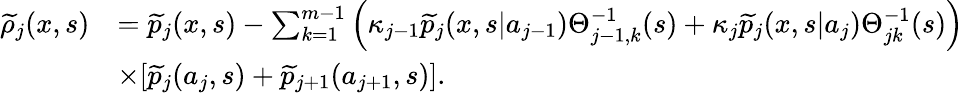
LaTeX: \begin{array}{rl}{\widetilde{\rho}_{j}(x,s)}&{=\widetilde{p}_{j}(x,s)-\sum_{k=1}^{m-1}\left(\kappa_{j-1}\widetilde{p}_{j}(x,s|a_{j-1})\Theta_{j-1,k}^{-1}(s)+\kappa_{j}\widetilde{p}_{j}(x,s|a_{j})\Theta_{jk}^{-1}(s)\right)}\\ &{\times[\widetilde{p}_{j}(a_{j},s)+\widetilde{p}_{j+1}(a_{j+1},s)].}\end{array}